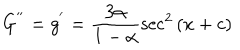
LaTeX: G ^ { ' ^ { \prime } } = g ^ { ' } = \frac { 3 \alpha } { 1 - \alpha } \sec ^ { 2 } { ( x + c ) }